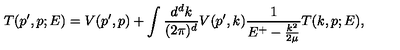
T ( p ^ { \prime } , p ; E ) = V ( p ^ { \prime } , p ) + \int \frac { d ^ { d } k } { ( 2 \pi ) ^ { d } } V ( p ^ { \prime } , k ) \frac { 1 } { E ^ { + } - \frac { k ^ { 2 } } { 2 \mu } } T ( k , p ; E ) ,